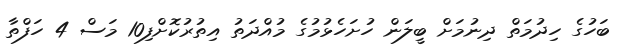
ބަހުގެ ހިދުމަތް ދިނުމަށް ބީލަން ހުށަހެޅުމުގެ މުއްދަތު އިތުރުކޮށްފި10 މަސް 4 ހަފްތާ